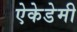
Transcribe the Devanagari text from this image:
ऐकेडेमी